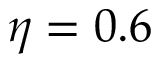
\eta = 0 . 6